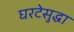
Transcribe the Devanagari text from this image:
घरटेसुद्धा